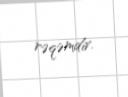
rəqəmdir.